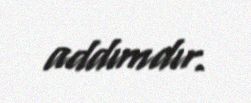
addımdır.